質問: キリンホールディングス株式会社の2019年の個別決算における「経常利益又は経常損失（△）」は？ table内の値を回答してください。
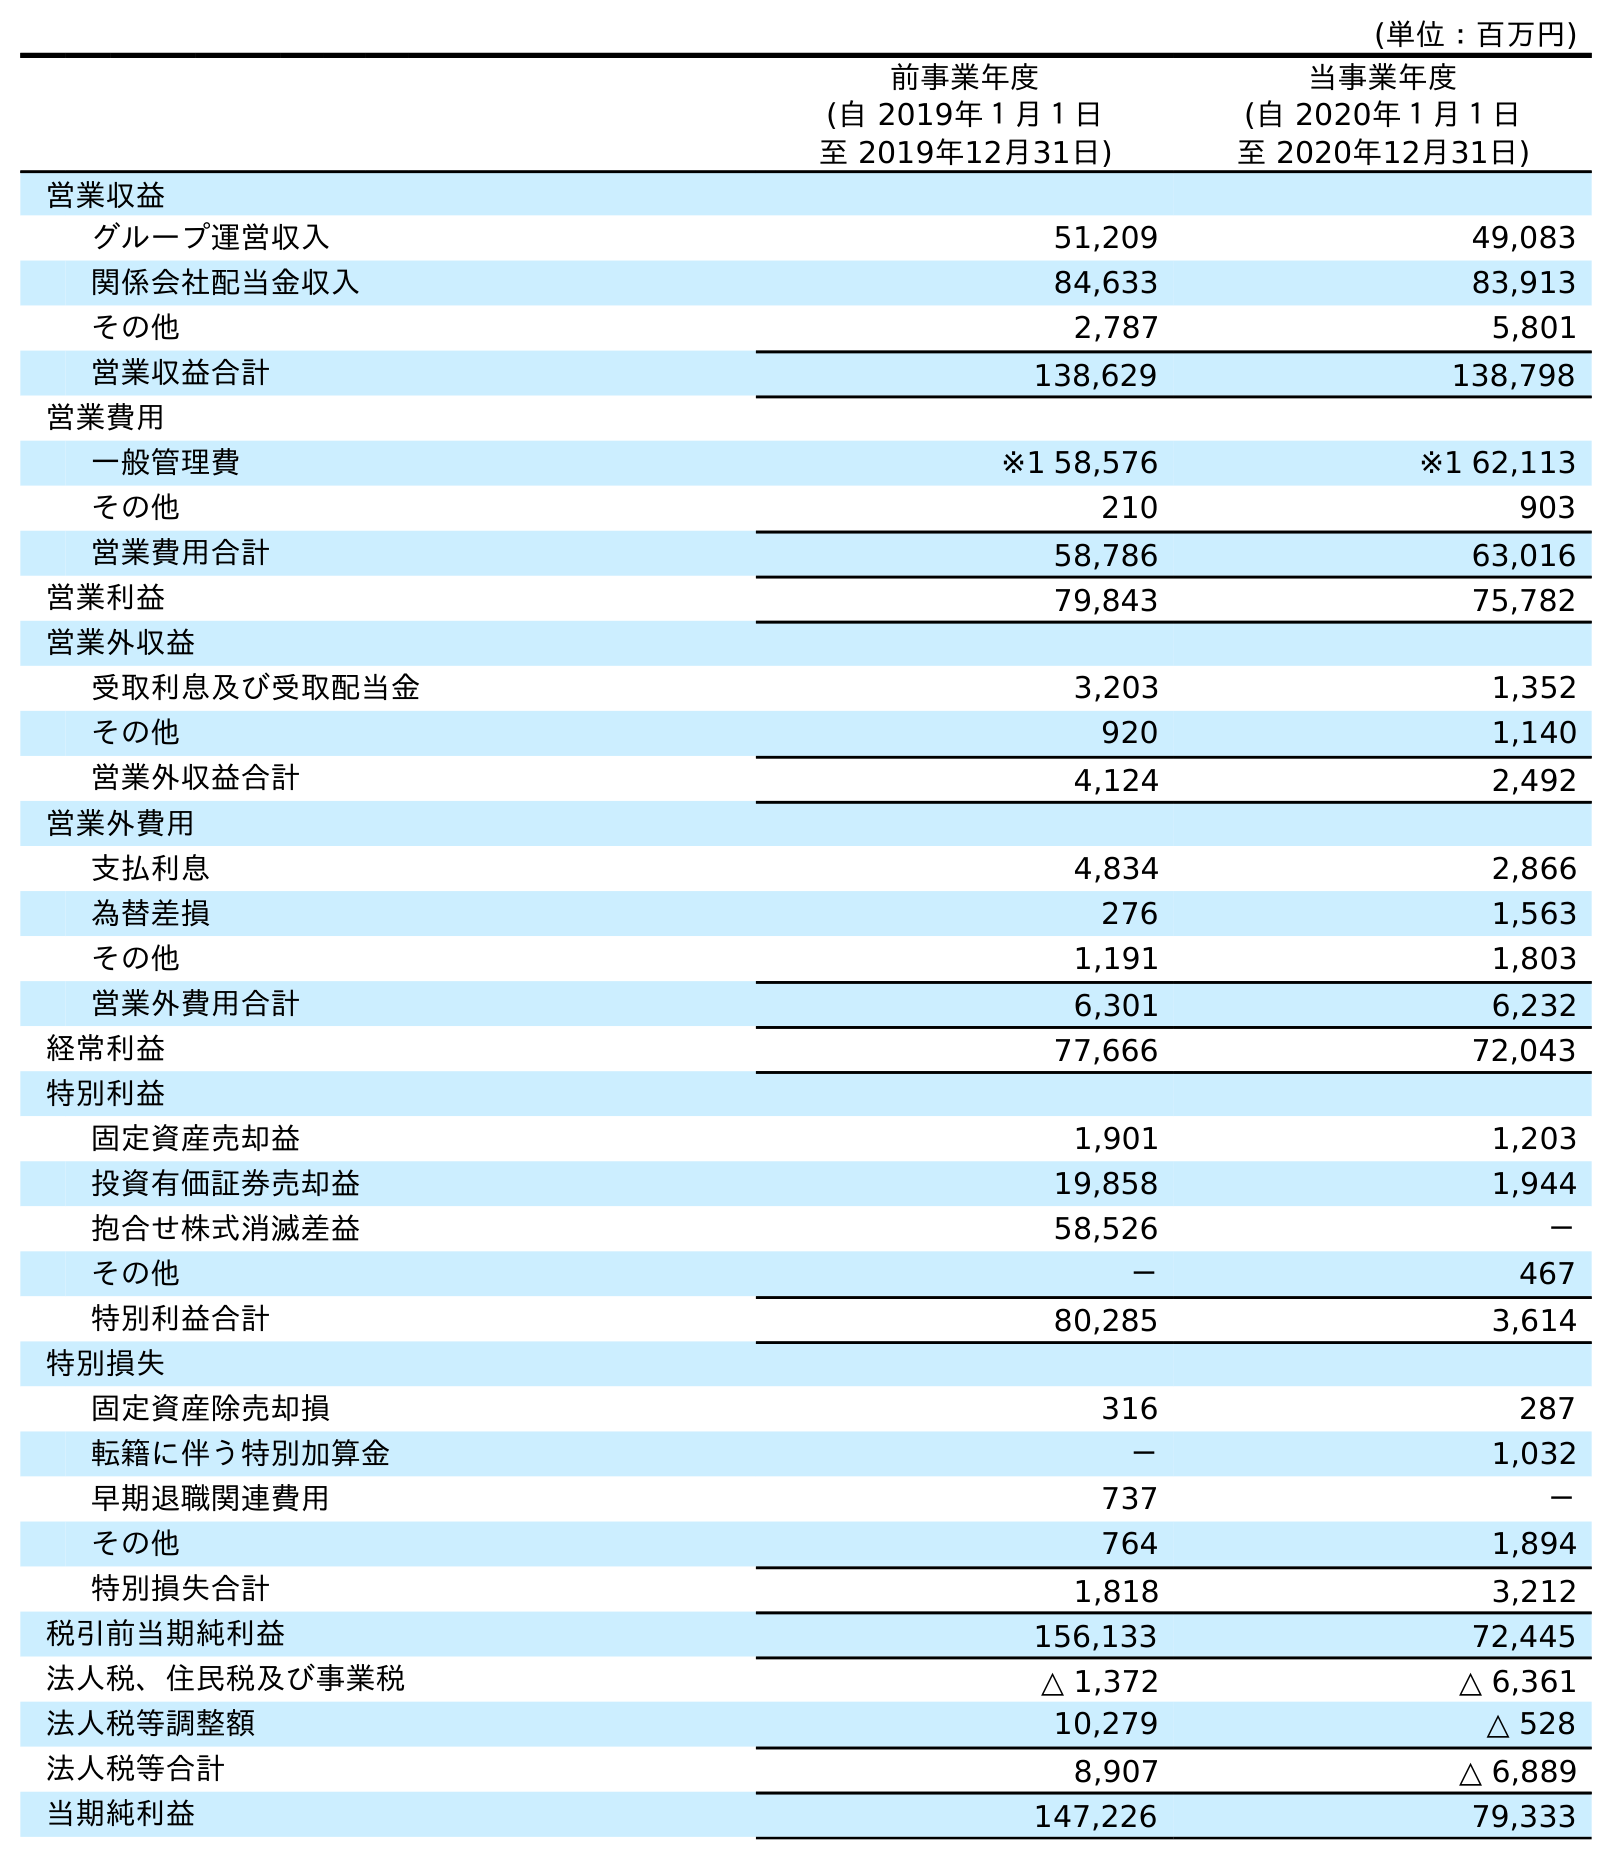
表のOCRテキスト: (単位：百万円) 前事業年度 (自 2019年１月１日 至 2019年12月31日) 当事業年度 (自 2020年１月１日 至 2020年12月31日) 営業収益 グループ運営収入 51,209 49,083 関係会社配当金収入 84,633 83,913 その他 2,787 5,801 営業収益合計 138,629 138,798 営業費用 一般管理費 ※1 58,576 ※1 62,113 その他 210 903 営業費用合計 58,786 63,016 営業利益 79,843 75,782 営業外収益 受取利息及び受取配当金 3,203 1,352 その他 920 1,140 営業外収益合計 4,124 2,492 営業外費用 支払利息 4,834 2,866 為替差損 276 1,563 その他 1,191 1,803 営業外費用合計 6,301 6,232 経常利益 77,666 72,043 特別利益 固定資産売却益 1,901 1,203 投資有価証券売却益 19,858 1,944 抱合せ株式消滅差益 58,526 － その他 － 467 特別利益合計 80,285 3,614 特別損失 固定資産除売却損 316 287 転籍に伴う特別加算金 － 1,032 早期退職関連費用 737 － その他 764 1,894 特別損失合計 1,818 3,212 税引前当期純利益 156,133 72,445 法人税、住民税及び事業税 △ 1,372 △ 6,361 法人税等調整額 10,279 △ 528 法人税等合計 8,907 △ 6,889 当期純利益 147,226 79,333
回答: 77,666